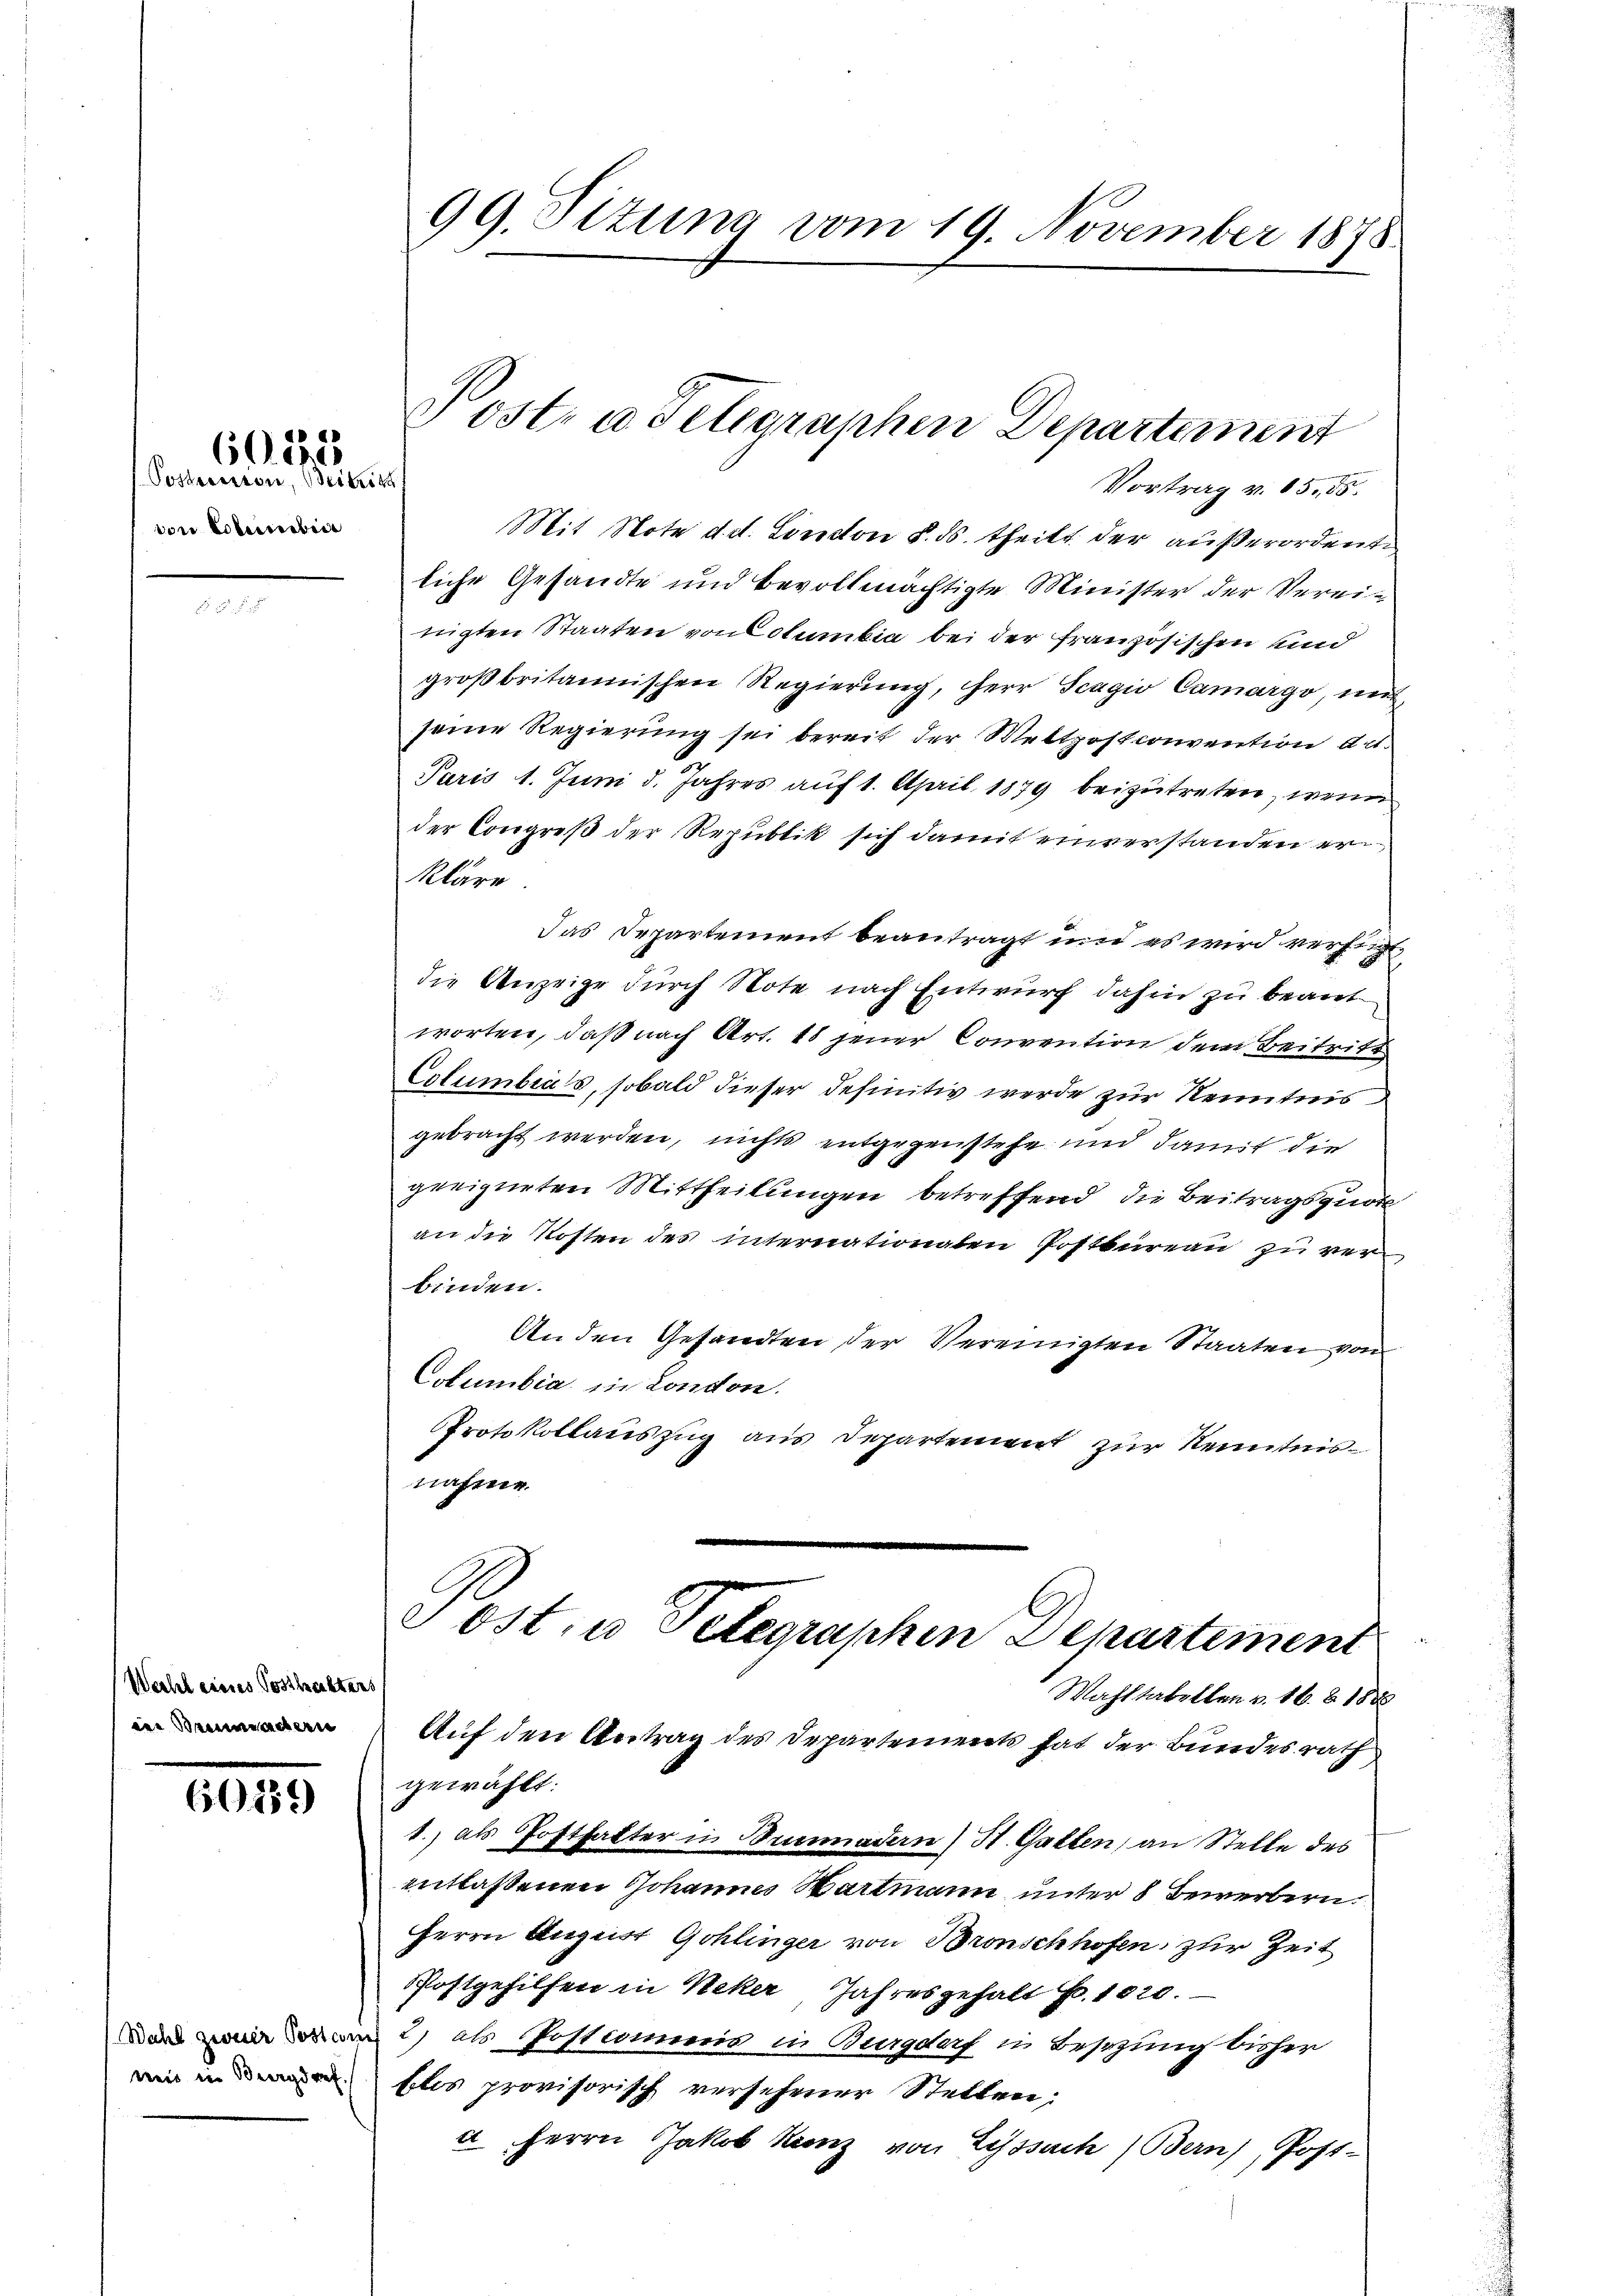
Postension, Beitrit
von Esterbeit

6032

Wecht eines Posthalter
ie Seewendern

60159

Wahl zweier Postan
weid in Bergrif

99. Sizung vom 19. November 1878

Vortrag v. 85. 55.
Mit Note d. d. London §. ds. theilt der außerordente
liche Gesandte und bevollmächtigte Minister der Vereinigten Staaten von Columbia bei der französischen und
großbritannischen Regierung, herr Scagio Camargo, mit
seine Regierung sei bereit der Meltpost convention au
Paris 1. Juni d. Jahres auf 1. April 1879 beizutreten, wenn
der Congreß der Republik sich damit einverstanden erkläre
Das Departement beantragt und es wird verfügt,
die Anzeige durch Note nach Entwurf dahin zu beant
worten, daß nach Art. 18 jener Convention dem Beitritt
Columbia's, sobald dieser definitiv werde zur Kenntnis
gebracht werden, nichts entgegenstehe und damit die
geeigneten Mittheilungen betreffend die Beitragsquot
an die Kosten des internationaten Postbureau zu verbinden.
Anden Gesandten der Vereinigten Staaten von
Columbia in London.
Protokollauszug aus Departement zur Kenntnisnaher

Post- u. Telegraphen Departement

Post, u. Telegraphen Departemen
Wahltabellen v. 16. & 188
Auf den Antrag des Departements hat der Bundesrath

gewählt:
1.) als Posthalter in Bummaden) St. Gatten, an Stelle des
entlassenen Johannes Wartmann unter 8 Bewerbern
Herrn August Gohlinger von Bronschhofen, zur Zeit
Postgehilfen in Neker, Jahresgehalt pr. 1020.
2) als Postcommis in Burgdorf in Besizung bisher
bles provisorisch versehener Stellen;
a Herrn Jakob Kunz von Lyssach Bern), Post-